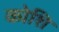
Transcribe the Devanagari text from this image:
कोशि